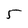
Character: 5